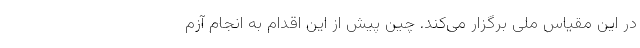
در این مقیاس ملی برگزار می‌کند. چین پیش از این اقدام به انجام آزم